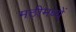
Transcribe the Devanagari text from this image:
मठीमध्यें